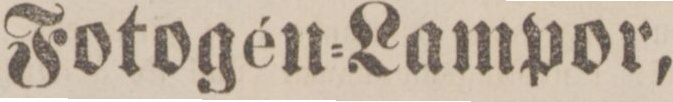
Fotogén=Lampor,